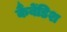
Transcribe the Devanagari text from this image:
कैंबेंडिश